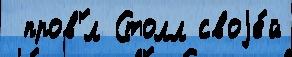
 пров'́л Столл своjе́й